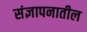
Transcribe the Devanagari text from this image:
संज्ञापनातील